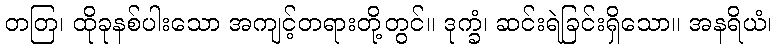
တတြ၊ ထိုခုနစ်ပါးသော အကျင့်တရားတို့တွင်။ ဒုက္ခံ၊ ဆင်းရဲခြင်းရှိသော။ အနရိယံ၊